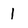
Character: 1